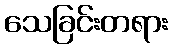
သေခြင်းတရား